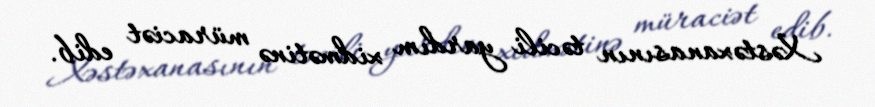
Xəstəxanasının təcili yardım xidmətinə müraciət edib.